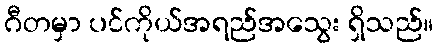
ဂီတမှာ ပင်ကိုယ်အရည်အသွေး ရှိသည်။